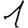
Digit: 1